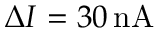
\Delta I = 3 0 \, \mathrm { n A }